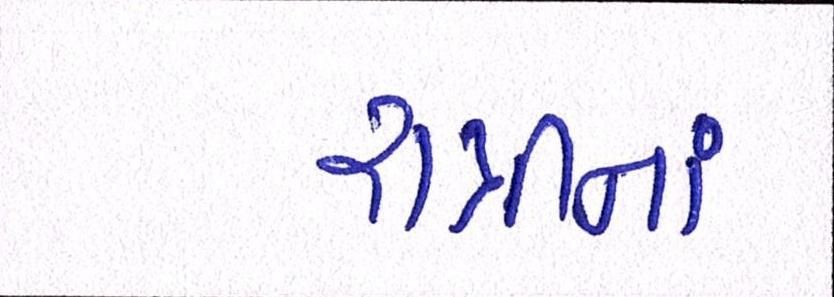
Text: રાત્રીનાં